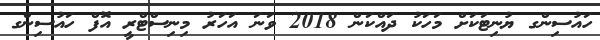
ހައުސިންގ ޔުނިޓަކަށް މަހަކު ދައްކަން 2018 ވަނަ އަހަރު މިނިސްޓްރީ އޮފް ހައުސިންގ